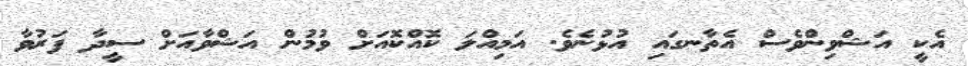
އެކީ އަޝްވިންވެސް އެތާނގައި އުޅުނެވެ. އަމިއްލަ ކޮއްކޮއަށް ވުމުން އަޝްވާއަށް ސީދާ ފަރުވާ